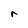
Character: r